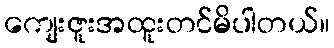
ကျေးဇူးအထူးတင်မိပါတယ်။